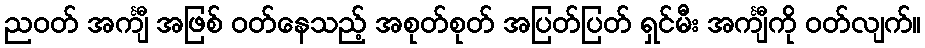
ညဝတ် အင်္ကျီ အဖြစ် ဝတ်နေသည့် အစုတ်စုတ် အပြတ်ပြတ် ရှင်မီး အင်္ကျီကို ဝတ်လျက်။